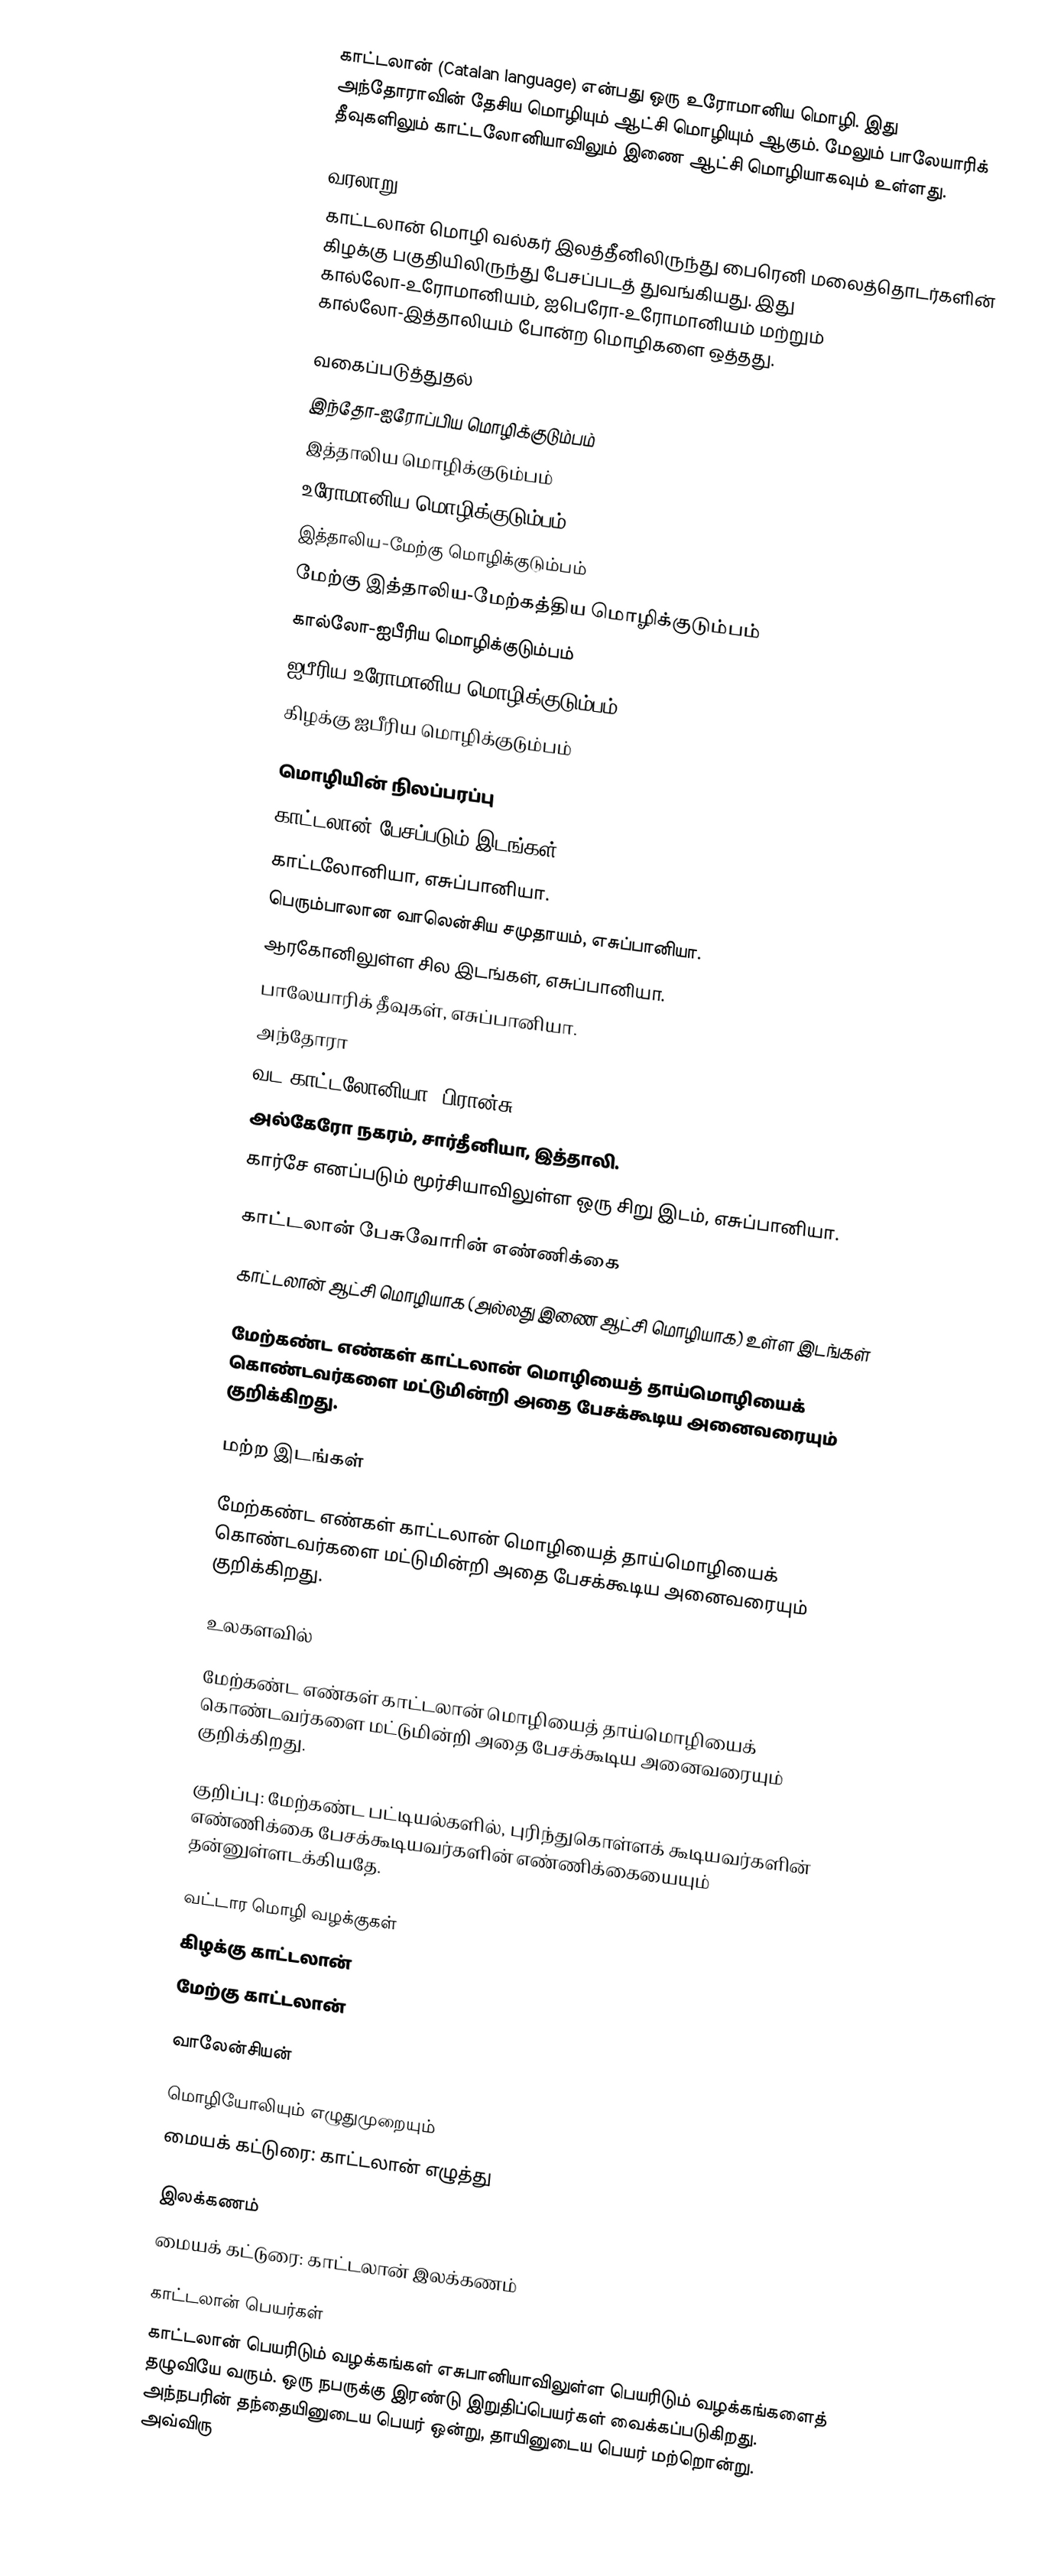
காட்டலான் (Catalan language) என்பது ஒரு உரோமானிய மொழி. இது அந்தோராவின் தேசிய மொழியும் ஆட்சி மொழியும் ஆகும். மேலும் பாலேயாரிக் தீவுகளிலும் காட்டலோனியாவிலும் இணை ஆட்சி மொழியாகவும் உள்ளது.

வரலாறு
காட்டலான் மொழி வல்கர் இலத்தீனிலிருந்து பைரெனி மலைத்தொடர்களின் கிழக்கு பகுதியிலிருந்து பேசப்படத் துவங்கியது. இது கால்லோ-உரோமானியம், ஐபெரோ-உரோமானியம் மற்றும் கால்லோ-இத்தாலியம் போன்ற மொழிகளை ஒத்தது.

வகைப்படுத்துதல்
 இந்தோ-ஐரோப்பிய மொழிக்குடும்பம்
 இத்தாலிய மொழிக்குடும்பம்
 உரோமானிய மொழிக்குடும்பம்
 இத்தாலிய-மேற்கு மொழிக்குடும்பம்
 மேற்கு இத்தாலிய-மேற்கத்திய மொழிக்குடும்பம்
 கால்லோ-ஐபீரிய மொழிக்குடும்பம்
 ஐபீரிய-உரோமானிய மொழிக்குடும்பம்
 கிழக்கு ஐபீரிய மொழிக்குடும்பம்

மொழியின் நிலப்பரப்பு
காட்டலான் பேசப்படும் இடங்கள்:
 காட்டலோனியா, எசுப்பானியா.
 பெரும்பாலான வாலென்சிய சமுதாயம், எசுப்பானியா.
 ஆரகோனிலுள்ள சில இடங்கள், எசுப்பானியா.
 பாலேயாரிக் தீவுகள், எசுப்பானியா.
 அந்தோரா
 வட காட்டலோனியா, பிரான்சு.
 அல்கேரோ நகரம், சார்தீனியா, இத்தாலி.
 கார்சே எனப்படும் மூர்சியாவிலுள்ள ஒரு சிறு இடம், எசுப்பானியா.

காட்டலான் பேசுவோரின் எண்ணிக்கை

காட்டலான் ஆட்சி மொழியாக (அல்லது இணை ஆட்சி மொழியாக) உள்ள இடங்கள்

மேற்கண்ட எண்கள் காட்டலான் மொழியைத் தாய்மொழியைக் கொண்டவர்களை மட்டுமின்றி அதை பேசக்கூடிய அனைவரையும் குறிக்கிறது.

மற்ற இடங்கள்

மேற்கண்ட எண்கள் காட்டலான் மொழியைத் தாய்மொழியைக் கொண்டவர்களை மட்டுமின்றி அதை பேசக்கூடிய அனைவரையும் குறிக்கிறது.

உலகளவில்

மேற்கண்ட எண்கள் காட்டலான் மொழியைத் தாய்மொழியைக் கொண்டவர்களை மட்டுமின்றி அதை பேசக்கூடிய அனைவரையும் குறிக்கிறது.

குறிப்பு: மேற்கண்ட பட்டியல்களில், புரிந்துகொள்ளக் கூடியவர்களின் எண்ணிக்கை பேசக்கூடியவர்களின் எண்ணிக்கையையும் தன்னுள்ளடக்கியதே.

வட்டார மொழி வழக்குகள்
 கிழக்கு காட்டலான்
 மேற்கு காட்டலான்

வாலேன்சியன்

மொழியோலியும் எழுதுமுறையும்
மையக் கட்டுரை: காட்டலான் எழுத்து

இலக்கணம்
மையக் கட்டுரை: காட்டலான் இலக்கணம்

காட்டலான் பெயர்கள்
காட்டலான் பெயரிடும் வழக்கங்கள் எசுபானியாவிலுள்ள பெயரிடும் வழக்கங்களைத் தழுவியே வரும். ஒரு நபருக்கு இரண்டு இறுதிப்பெயர்கள் வைக்கப்படுகிறது. அந்நபரின் தந்தையினுடைய பெயர் ஒன்று, தாயினுடைய பெயர் மற்றொன்று. அவ்விரு